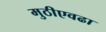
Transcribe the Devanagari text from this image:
मुठीएवढा